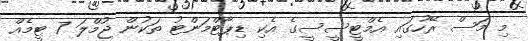
މި މަސް ރޭހުގައި އެމްޓީސީސީގެ އެކި ޑިޕާޓްމަންޓު ތަކުން ޖުމްލަ 7 ޓީމެއް